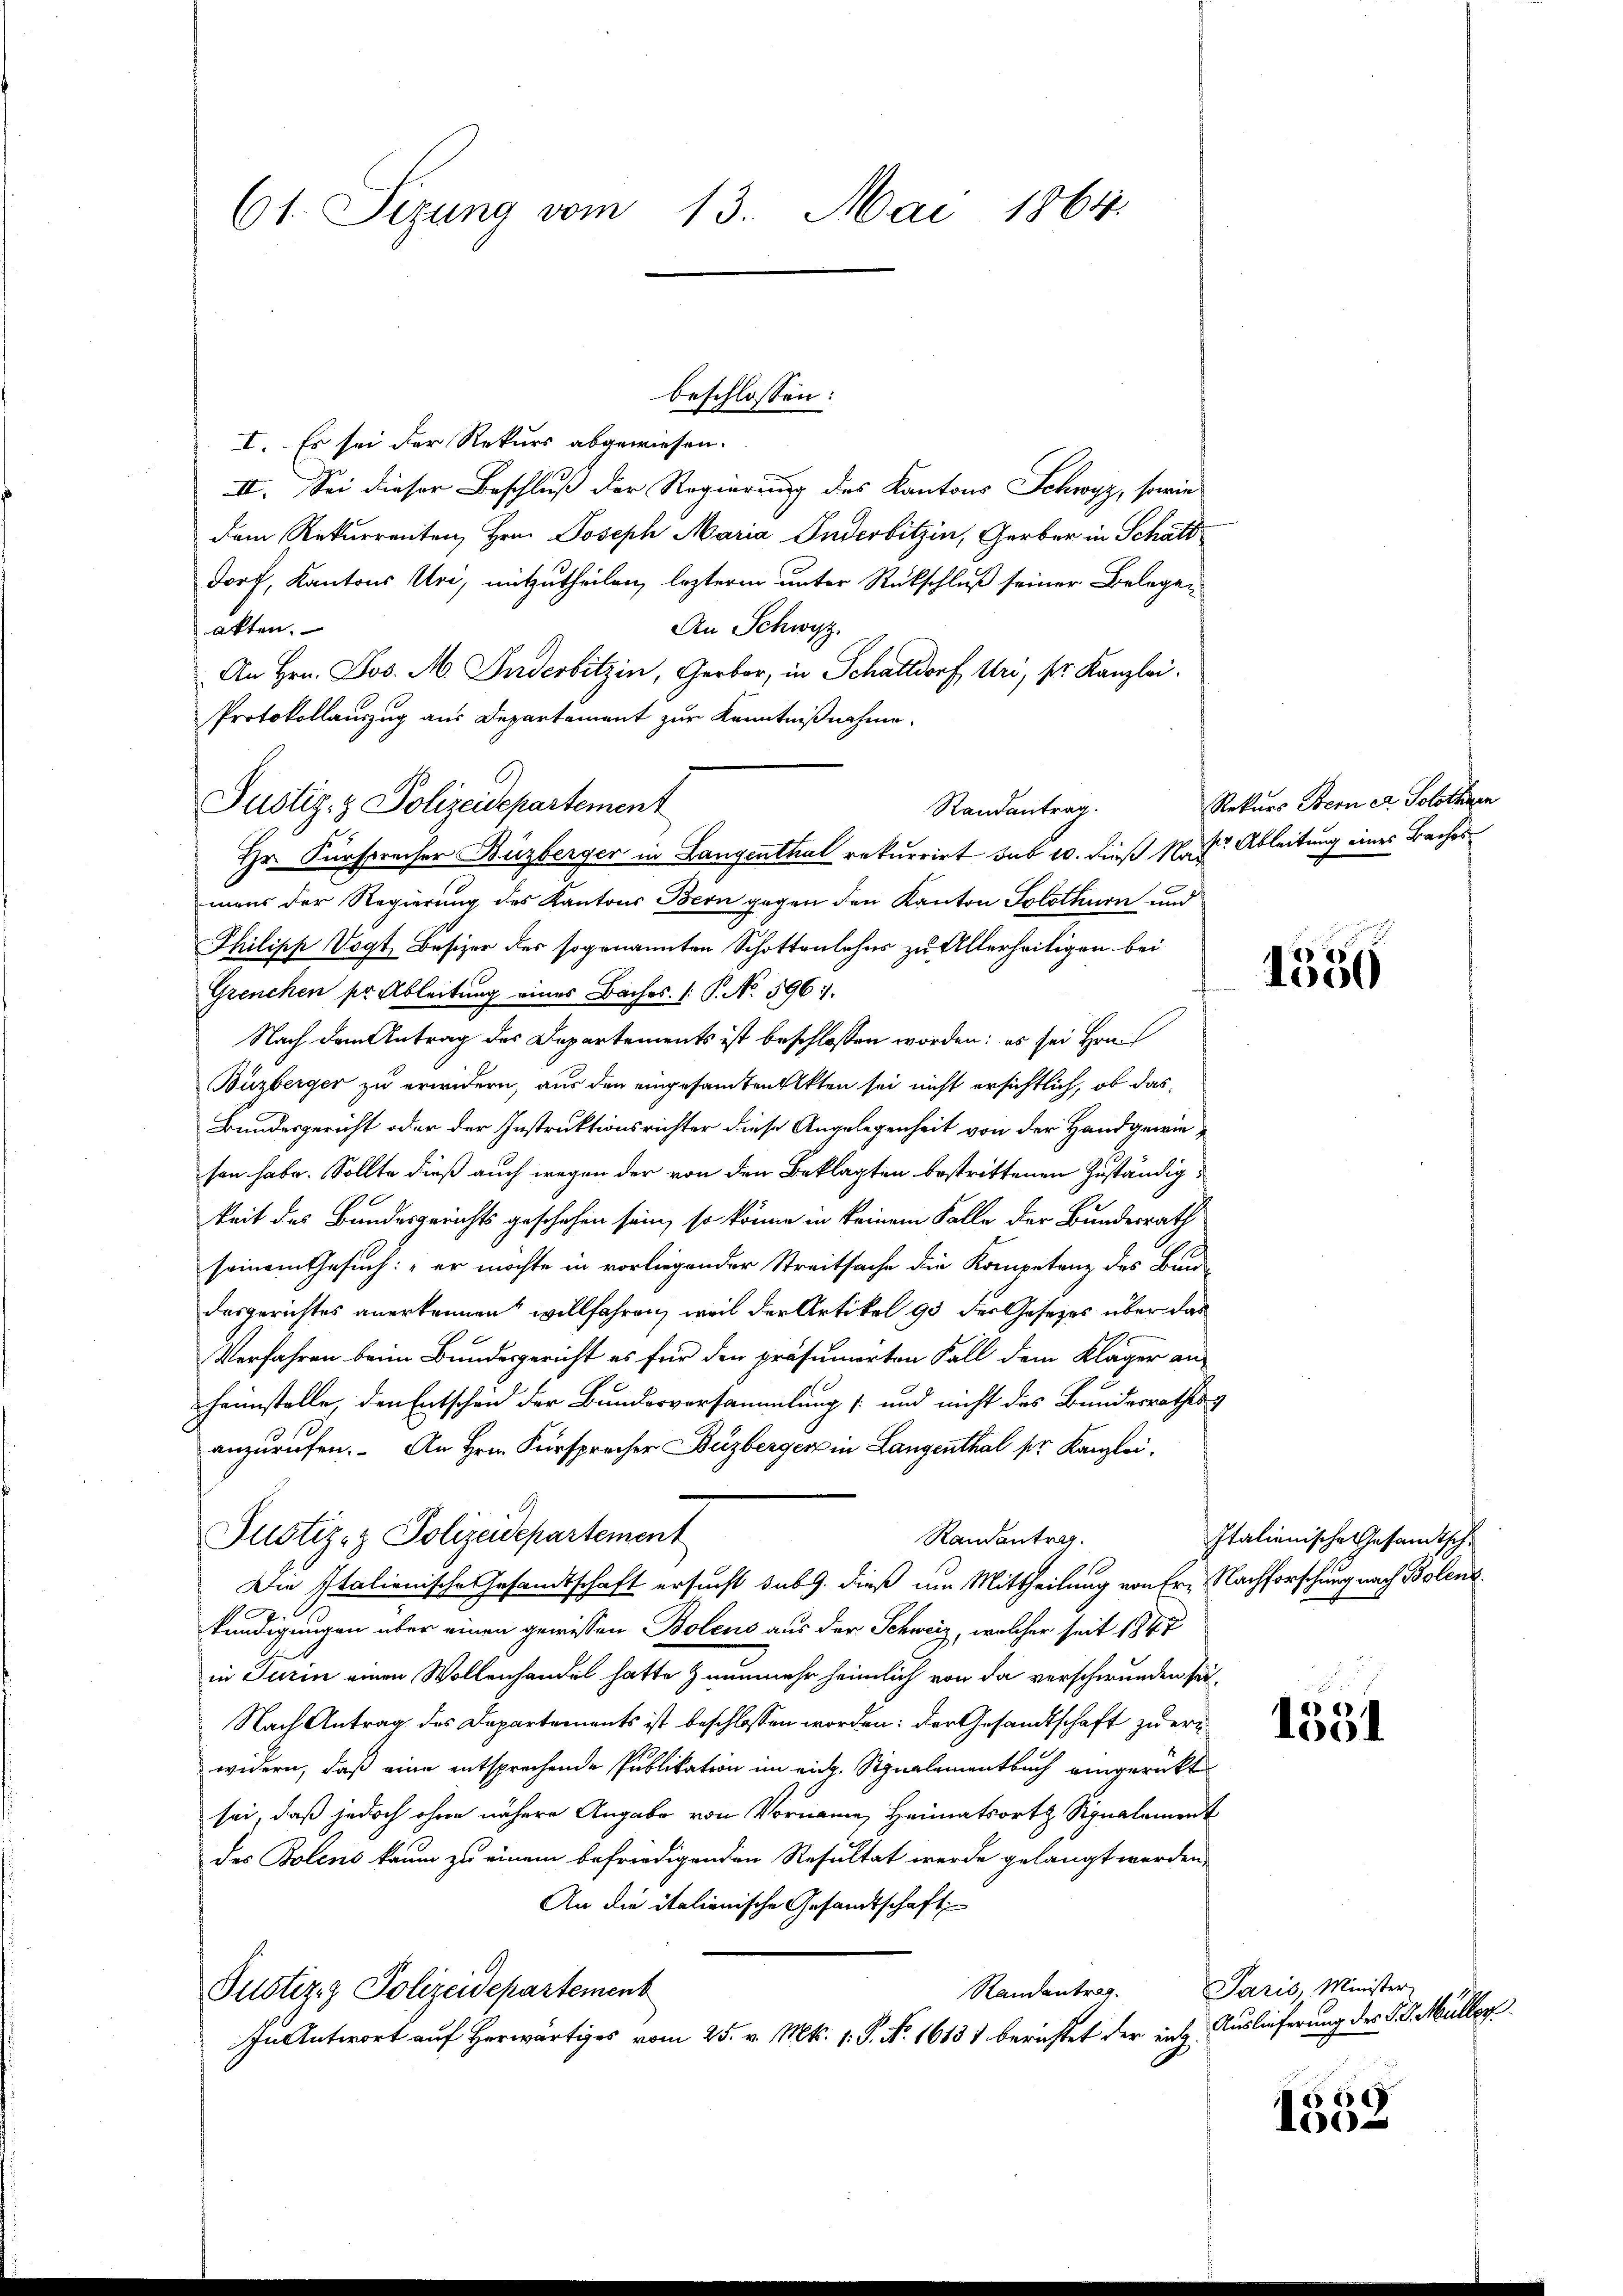
61. Sizung vom 13. Mai 1864.

I. Es sei der Rekurs abgewiesen.
II. Sei dieser Beschluß der Regierung des Kantons Schwyz, sowie
dem Rekurrenten, Hrn. Joseph Maria Anderbitzin, Gerber in Schatt
dorf, Kantons Uri, mitzutheilen, lezterm unter Rückschluß seiner Belegen
An Schwyz.
akten.
An Hrn. Jos. M. Inderbitzin, Gerber, in Schattdorf, Uri, Sr. Kanzlei.
Protokollauszug aus Departement zur Kenntnißnahme.
maus der Regierung des Kantons Bern gegen den Kanton Solothurn und
Philipp Vogt Besizer des sogenannten Schottenlehns zu Allerheitigen bei
Grenchen ser Ableitung eines Baches P. No. 5967.
Nach dem Antrag des Departements ist beschlossen worden; es sei Hrn.
Buzberger zu erwidern, aus den eingesamten Akten sei nicht ersichtlich, ob das
Bundesgericht oder der Instruktionsrichter diese Angelegenheit von der Handgewiesen habe. Sollte dieß auch wegen der von den Beklagten bestrittenen Zuständigkeit des Bundesgerichts geschehen sein, so könne in keinem Falle der Bundesrath
seinem Gesuch: „er möchte in vorliegender Streitsache die Kompetenz des Bund
desgerichtes anerkennen willfahren, weil der Artikel 95 der Gesetzes über das
Verfahren beim Bundesgericht es für den präsumierten Fall dem Kläger an
heimstelle, den Entscheid der Bundesversammlung und nicht das Bundesrathes &
anzurufen. An Hrn. Fürsprecher Buzberger in Langenthal ser Kanzlei¬
Justiz- & Polizeidepartement
Randantrag.
Die Italienische Gesandtschaft ersucht sub. dieß um Mittheilung von Er- Nachforschung nach Bolenz
.
kündigungen über einen gewissen Bolens aus der Schweiz, welcher seit 1847
in Turin einen Wollenhandel hatte nunmehr heimlich von da verschwunden sei,
Nach Antrag des Departements ist beschlossen worden: der Gesandtschaft zu erwidern, daß eine entsprochende Publikation im eidg. Signalementbuch eingerückt
sei, daß jedoch ohne nähere Angabe von Vorname Heimatsorts Signalement
des Bolens kaum zu einem befriedigenden Resultat werde gelangt werden,
An die italienische Gesandtschaft
Justiz & Polizeidepartement
Randantrag.
In Antwort auf Herwärtiges vom 25. v. Mts. 1. P. Nr. 16131 berichtet der ein¬

Justiz- & Polizeidepartement

beschlossen:

Hr. Fürsprecher Buzberger in Langenthal rekurrirt sub 10. dieß Nach Ableitung eines Bacher

Randantrag.

Rekurs Stern et. Solothurn

1356

Italienische Gesandtsche

u
1351

Paris, Minister
Auslieferung des 18. Müller.

660
100